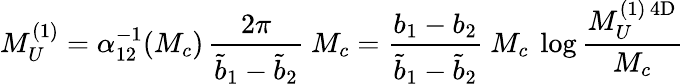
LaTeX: M_{U}^{(1)}=\alpha_{12}^{-1}(M_{c})\, \frac{2\pi}{\widetilde{b}_{1}-\widetilde{b}_{2}}\ M_{c}=\frac{b_{1}-b_{2}}{\widetilde{b}_{1}-\widetilde{b}_{2}}\ M_{c}\ \log\frac{M_{U}^{(1)\, \mathrm{4D}}}{M_{c}}